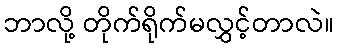
ဘာလို့ တိုက်ရိုက်မလွှင့်တာလဲ။